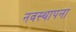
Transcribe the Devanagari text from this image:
नवस्थापना